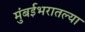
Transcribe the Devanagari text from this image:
मुंबईभरातल्या